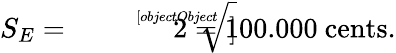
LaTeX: S_{E}={\sqrt[[objectObject]]{2}}=100.000\ {\mathrm{cents}}.